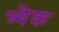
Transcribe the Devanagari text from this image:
त्र्येक